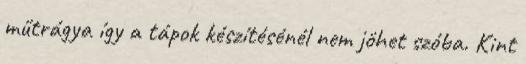
műtrágya így a tápok készítésénél nem jöhet szóba. Kint